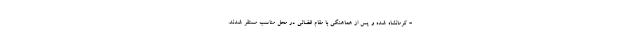
- کرمانشاه شده و پس از هماهنگی با مقام قضائی در محل مناسب مستقر شدند.